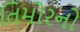
તિમોરનો